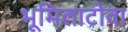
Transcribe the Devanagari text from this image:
भूमिलाटोवा